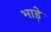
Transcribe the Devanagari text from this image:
भाडे़